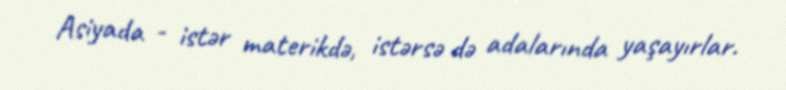
Asiyada - istər materikdə, istərsə də adalarında yaşayırlar.